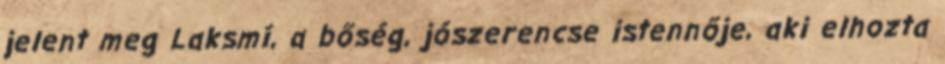
jelent meg Laksmí, a bőség, jószerencse istennője, aki elhozta